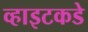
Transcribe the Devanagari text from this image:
व्हाइटकडे